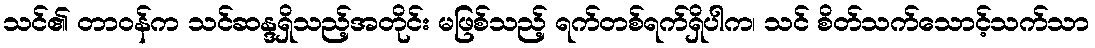
သင်၏ တာဝန်က သင်ဆန္ဒရှိသည့်အတိုင်း မဖြစ်သည့် ရက်တစ်ရက်ရှိပါက၊ သင် စိတ်သက်သောင့်သက်သာ